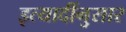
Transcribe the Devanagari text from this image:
इत्यादींनुसार